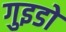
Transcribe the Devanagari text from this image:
गुइडो